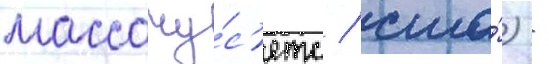
массачу́с'етс / сша́) -